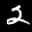
Label: 2